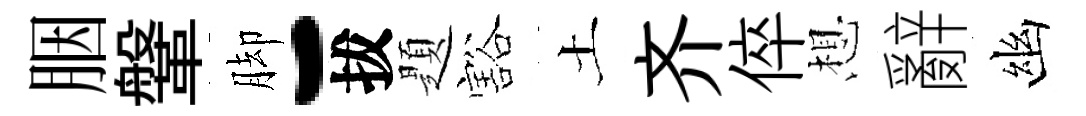
胭鞶脚-拔題豁土齐倅想辭幽